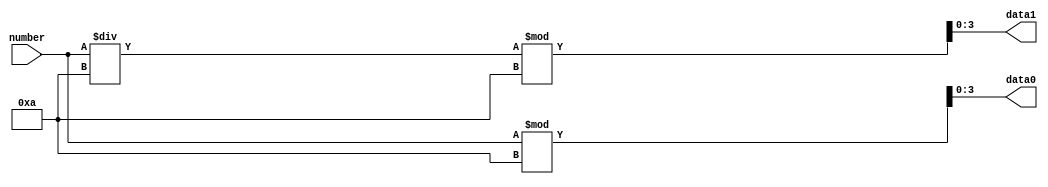
module trans(input       [5:0]      number,
				 output		 [3:0]		data0,data1);
				 assign		    		   data0=number % 4'd10;
				 assign					   data1=number / 4'd10 % 4'd10;
endmodule